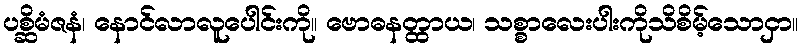
ပစ္ဆိမံဇနံ၊ နောင်လာလူပေါင်းကို။ ဗောဓနတ္ထာယ၊ သစ္စာလေးပါးကိုသိစိမ့်သောငှာ။